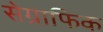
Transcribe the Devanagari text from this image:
सेग्राफिक